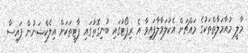
މާލީ މުއާމަލާތްތަކުގެ މައްޗަށް އެކުލަވާލާފައިވާ އެ ރިޕޯޓުގައި ބުނިގޮތުގައި ޕާޓީތަކަށް އިލެކްޝަނުން ފައިސާ